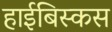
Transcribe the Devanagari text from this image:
हाईबिस्कस